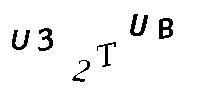
U32TUB